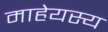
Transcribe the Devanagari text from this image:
माहेयस्य